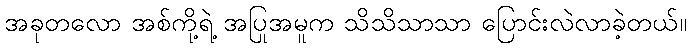
အခုတလော အစ်ကို့ရဲ့ အပြုအမူက သိသိသာသာ ပြောင်းလဲလာခဲ့တယ်။